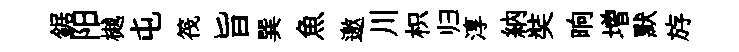
鋸阳樾屯筏旨巽魚邀川枳归淳納奘晌増默斿